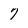
Character: 7